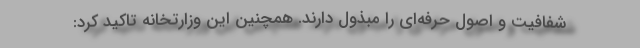
شفافیت و اصول حرفه‌ای را مبذول دارند. همچنین این وزارتخانه تاکید کرد: